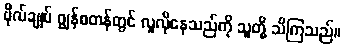
ဗိုလ်ချုပ် ဂျွန်စတန်တွင် လူလိုနေသည်ကို သူတို့ သိကြသည်။